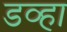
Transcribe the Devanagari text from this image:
डव्हा